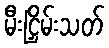
မီးငြှိမ်းသတ်